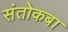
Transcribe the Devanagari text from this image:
संतोकबा